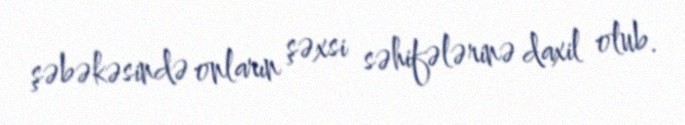
şəbəkəsində onların şəxsi səhifələrinə daxil olub.